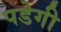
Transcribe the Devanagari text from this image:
पडेगी